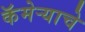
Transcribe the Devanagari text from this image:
कॅमेर्‍याचे